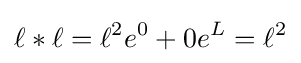
\ell *\ell =\ell ^{2}e^{0}+0e^{L}=\ell ^{2}